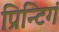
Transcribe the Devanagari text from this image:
प्रिन्टिगं